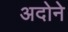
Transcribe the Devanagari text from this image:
अदोने